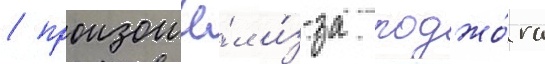
/ произошё́л и́з-за поджо́га